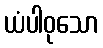
ယံပါဝုသော